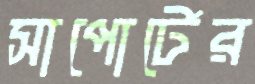
সাপোর্টের